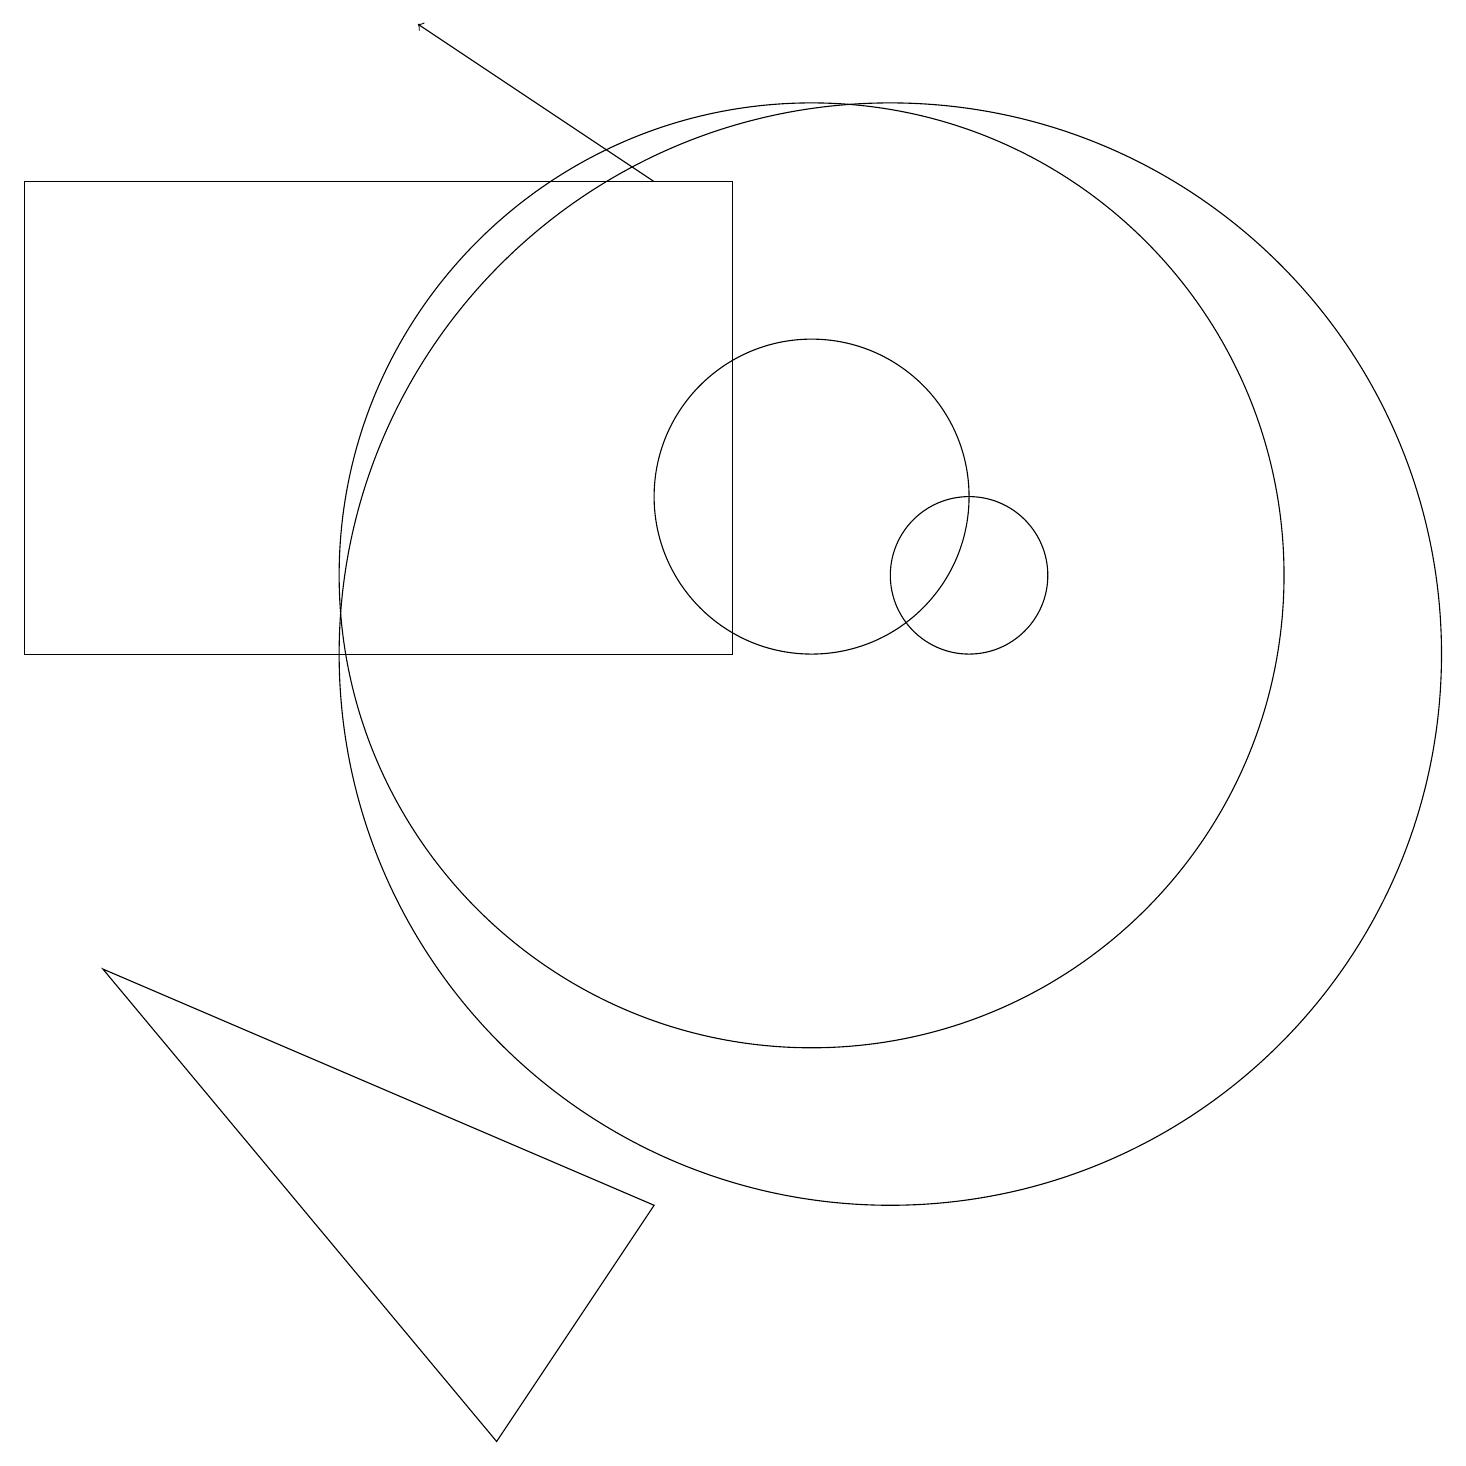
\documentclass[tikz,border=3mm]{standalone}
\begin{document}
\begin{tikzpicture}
\draw[->] (8,16) -- (5,18);
\draw (10,12) circle (2);
\draw (6,0) -- (8,3) -- (1,6) -- cycle;
\draw (10,11) circle (6);
\draw (12,11) circle (1);
\draw (0,10) rectangle (9,16);
\draw (11,10) circle (7);
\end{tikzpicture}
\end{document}